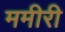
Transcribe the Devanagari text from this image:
ममीरी